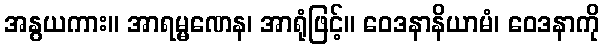
အနွယကား။ အာရမ္မဏေန၊ အာရုံဖြင့်။ ဝေဒနာနိယာမံ၊ ဝေဒနာကို